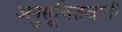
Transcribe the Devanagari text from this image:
अनुसूचितजाती